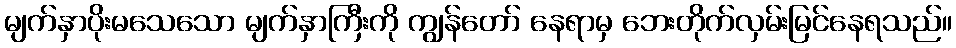
မျက်နှာပိုးမသေသော မျက်နှာကြီးကို ကျွန်တော် နေရာမှ ဘေးတိုက်လှမ်းမြင်နေရသည်။